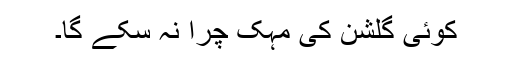
کوئی گلشن کی مہک چُرا نہ سکے گا۔